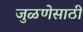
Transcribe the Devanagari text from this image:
जुळणेसाठी